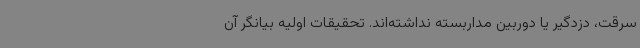
سرقت، دزدگیر یا دوربین مداربسته نداشته‌اند. تحقیقات اولیه بیانگر آن